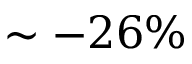
\sim - 2 6 \%